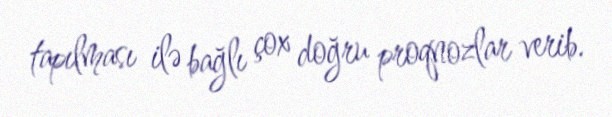
tapılması ilə bağlı çox doğru proqnozlar verib.